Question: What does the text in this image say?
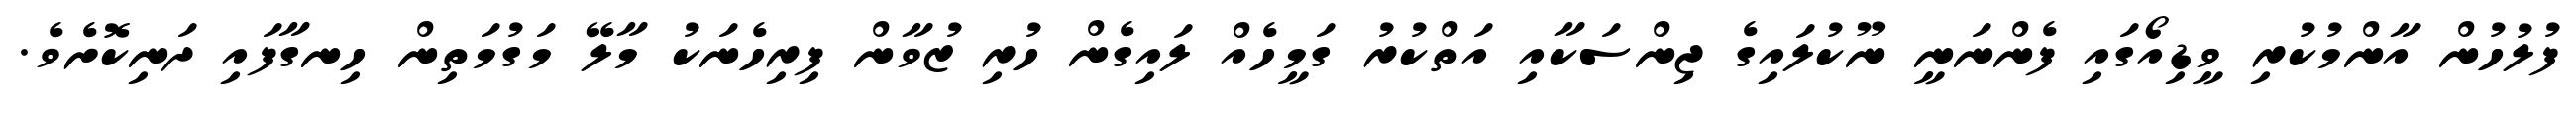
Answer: ފުލުހުން އާންމުކުރި ވީޑިއޯގައި ފެންނަނީ ނޫކުލައިގެ ޖިންސަކާއި އަތްކުރު ގަމީހެއް ލައިގެން ހުރި ޒުވާން ފިރިހެނަކު މާލޭ މަގުމަތިން ހިނގާފައި ދަނިކޮށެވެ.